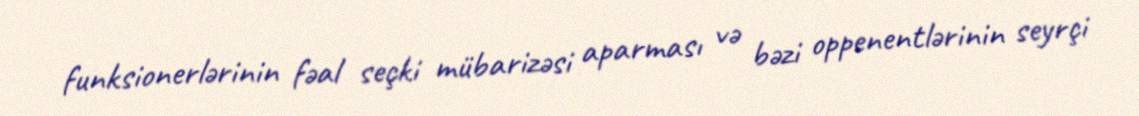
funksionerlərinin fəal seçki mübarizəsi aparması və bəzi oppenentlərinin seyrçi